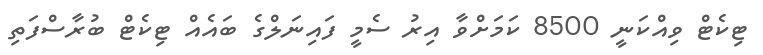
ޓިކެޓް ވިއްކަނީ 8500 ކަމަށްވާ އިރު ސެމީ ފައިނަލްގެ ބައެއް ޓިކެޓް ބުރާސްފަތި